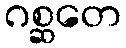
ဂစ္ဆတေ